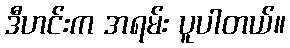
ဒီဟင်းက အရမ်း ပူပါတယ်။